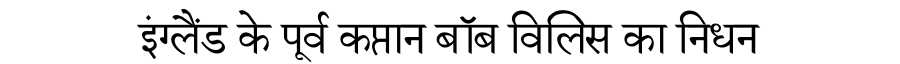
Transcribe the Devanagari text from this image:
इंग्लैंड के पूर्व कप्तान बॉब विलिस का निधन